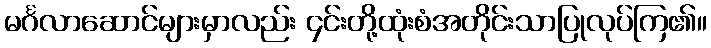
မင်္ဂလာဆောင်များမှာလည်း ၄င်းတို့ထုံးစံအတိုင်းသာပြုလုပ်ကြ၏။